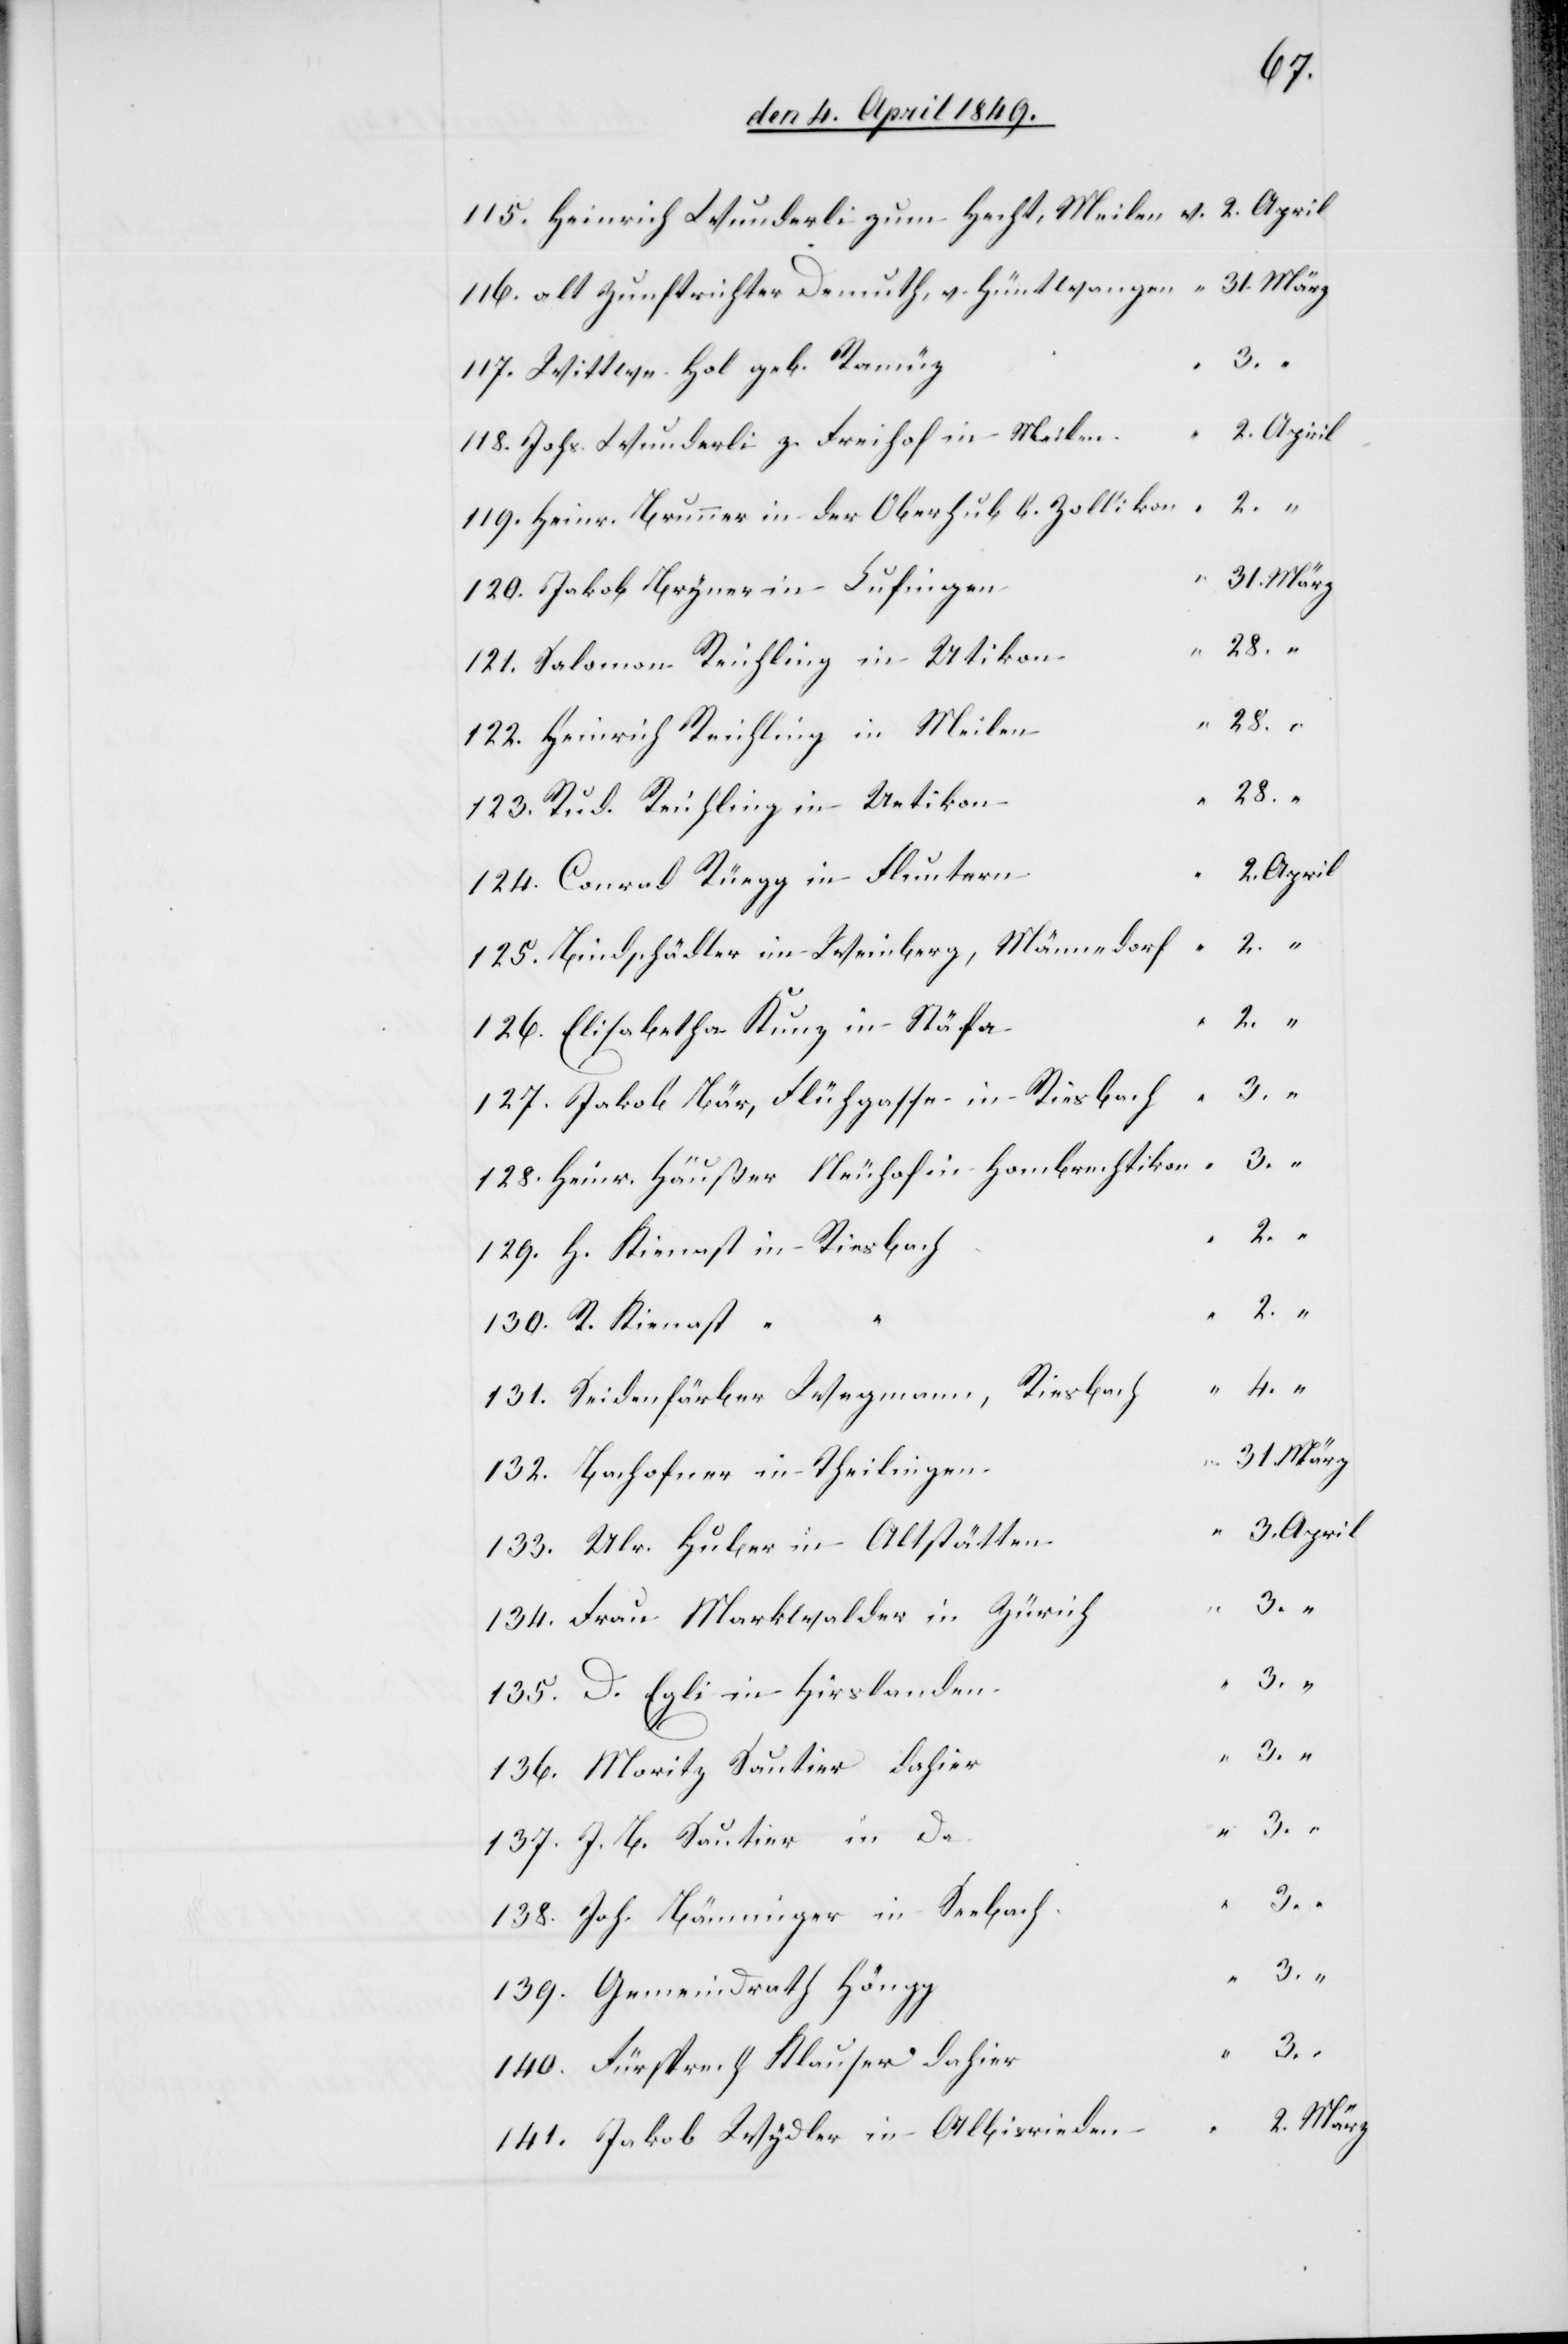
115. Heinrich Wunderli zum Hecht, Meilen 	v.	2.	April
116. alt Zunftrichter Demuth, v. Hüntwangen	“	31.	März
117. Wittwe Hol geb.
118. Johs. Wunderli z. Freihof in Meile¬
119. Heinr. Brunner in der Oberhub b. Zolliko¬
120. Jakob Brymer in Lufinge¬
g	“	3.		“
121. Salomon Reichling in Utiko¬
in
122. Heinrich Reichling in Meile¬
Rud.
n	“	3.	April
124. Conrad Rüegg in Flunter¬
125. Bindschädler im Weinberg, Männedor¬
126. Elisabetha Kunz in Stäf¬
127. Jakob Bär, Flühgasse in Riesbac¬
h	“	3.		“
128. Heinr. Häußer Neuhof in Hombrechtiko¬
130. R. Kienast
131. Seidenfärber Wegmann, Riesbac¬
n	“	2.	März
132. Bachofner in Theilinge¬
133. Ulr. Huber in Altstätte¬
134. Frau Markwalder in Zürich
135. D. Egli in Hirslande¬
136. Moritz Sautier dahie¬
137. J. B. Sautier in
138. Joh. Bänninger in Seebac¬
139. Gemeindrath Höng¬
140. Fürsprech Klauser dahie¬
r	“	3.		“
141. Jakob Wydler in Albisriede¬